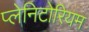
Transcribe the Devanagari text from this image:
प्लेनिटोरियम